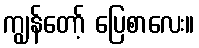
ကျွန်တော့် ပြေစာလေး။